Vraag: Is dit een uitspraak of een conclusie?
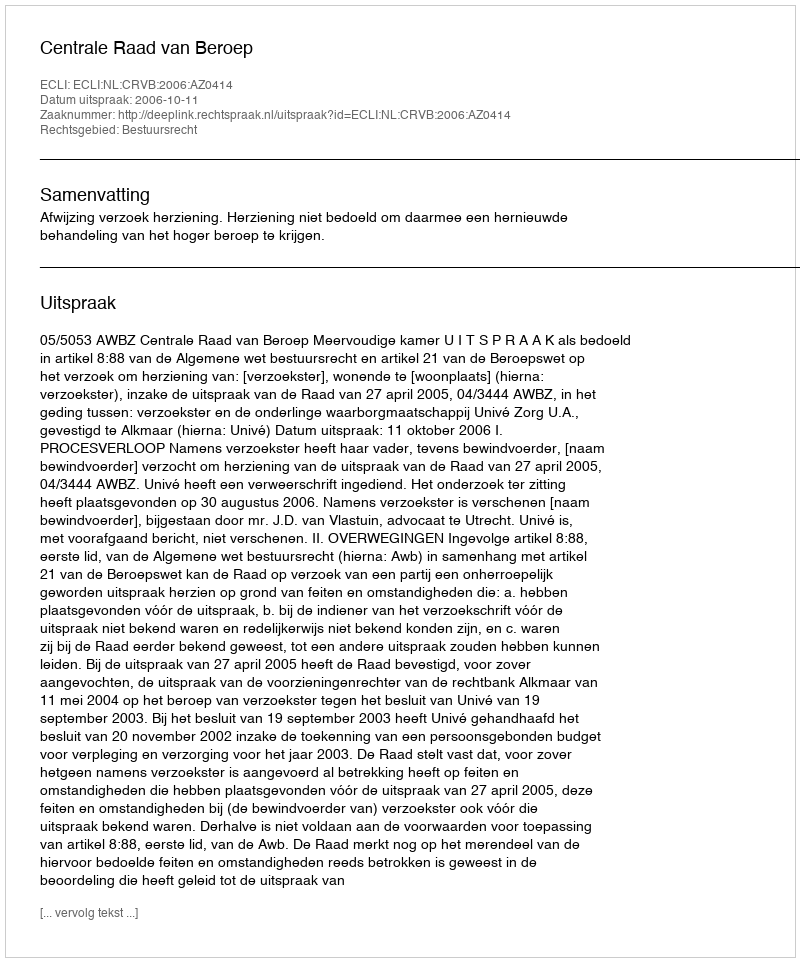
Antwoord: Uitspraak